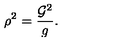
\rho ^ { 2 } = \frac { { \cal G } ^ { 2 } } { g } .